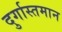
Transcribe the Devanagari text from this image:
दुर्गास्तमान